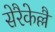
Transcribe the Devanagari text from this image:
सेरैकेल्लै